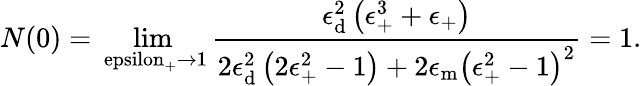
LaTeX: N(0)=\operatorname*{lim}_{\mathrm{\ epsilon_{\mathrm{+}}\rightarrow 1}}\frac{\epsilon_{\mathrm{{d}}}^{2}\left(\epsilon_{\mathrm{+}}^{3}+\epsilon_{\mathrm{+}}\right)}{2\epsilon_{\mathrm{{d}}}^{2}\left(2\epsilon_{\mathrm{+}}^{2}-1\right)+2\epsilon_{\mathrm{{m}}}\left(\epsilon_{\mathrm{+}}^{2}-1\right)^{2}}=1.